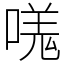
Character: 嗴